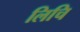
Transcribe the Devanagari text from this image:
लिचि